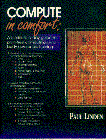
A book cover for Compute in Comfort: Body Awareness Training : A Day-To-Day Guide to Pain-Free Computing; Paul Linden; Business & Money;